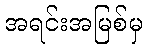
အရင်းအမြစ်မှ